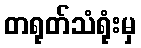
တရုတ်သံရုံးမှ